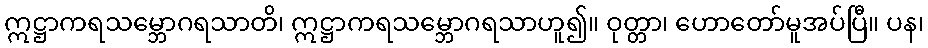
ဣဋ္ဌာကရသမ္ဘောဂရသာတိ၊ ဣဋ္ဌာကရသမ္ဘောဂရသာဟူ၍။ ဝုတ္တာ၊ ဟောတော်မူအပ်ပြီ။ ပန၊